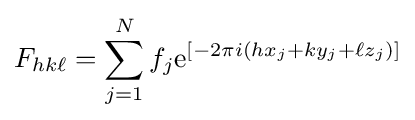
F_{hk\ell }=\sum _{j=1}^{N}f_{j}\mathrm {e} ^{[-2\pi i(hx_{j}+ky_{j}+\ell z_{j})]}